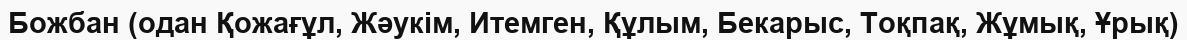
Божбан (одан Қожағұл, Жәукім, Итемген, Құлым, Бекарыс, Тоқпақ, Жұмық, Ұрық)